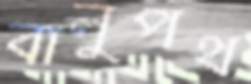
বালুপথ